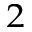
^ { 2 }